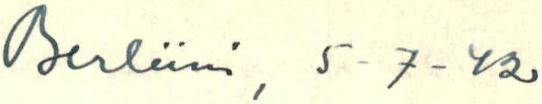
Berliini, 5 - 7 - 42